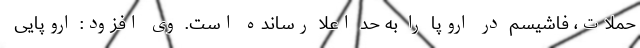
حملات، فاشیسم در اروپا را به حد اعلا رسانده است. وی افزود: اروپایی